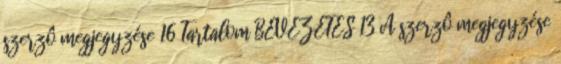
szerzô megjegyzése 16 Tartalom BEVEZETÉS 13 A szerzô megjegyzése